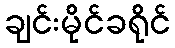
ချင်းမိုင်ခရိုင်